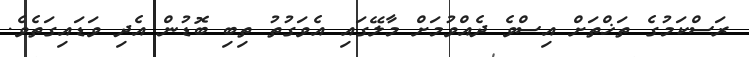
ރަސްކަމުގެ ތަޚްތަށް އިސްވެ ދެއްވުމަށް މާލޭގައި އެވަގުތު ތިބި ބޮޑުން އެދި ވަޑައިގަތެވެ.